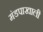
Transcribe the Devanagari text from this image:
मंडपाखाली